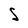
Character: S